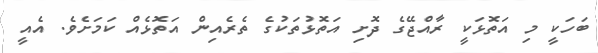
ބަހަކީ މި އަތޮޅަކީ ރާއްޖޭގެ ދޮށި އަތޮޅުތަކުގެ ތެރެއިން އަތޮޅެއް ކަމަށެވެ. އެއީ